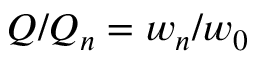
Q / Q _ { n } = w _ { n } / w _ { 0 }